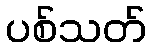
ပစ်သတ်